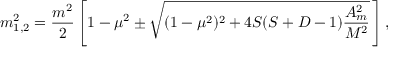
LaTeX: m _ { 1 , 2 } ^ { 2 } = \frac { m ^ { 2 } } { 2 } \left[ 1 - \mu ^ { 2 } \pm \sqrt { ( 1 - \mu ^ { 2 } ) ^ { 2 } + 4 S ( S + D - 1 ) \frac { { \cal A } _ { m } ^ { 2 } } { M ^ { 2 } } } \, \right] { , }